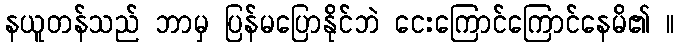
နယူတန်သည် ဘာမှ ပြန်မပြောနိုင်ဘဲ ငေးကြောင်ကြောင်နေမိ၏ ။